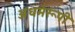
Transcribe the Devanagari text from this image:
अधर्मरूपी